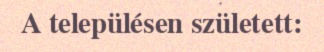
A településen született: